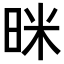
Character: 𭥻